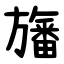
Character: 旛